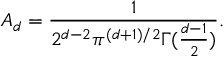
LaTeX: A _ { d } = \frac { 1 } { 2 ^ { d - 2 } \pi ^ { ( d + 1 ) / 2 } \Gamma ( \frac { d - 1 } { 2 } ) } .